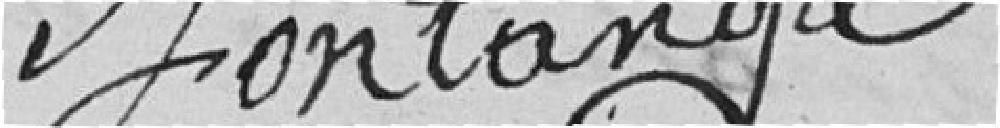
Fontange